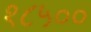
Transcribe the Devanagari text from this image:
१८५००